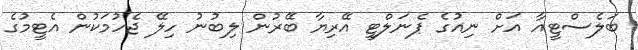
ބަލެސްޓީއާ އަށް ނިއުގެ ޕެނަލްޓީ އޭރިޔާ ބޭރުން ލިބުނު ހިލޭ ޖެހުމަކުން އެޓީމުގެ